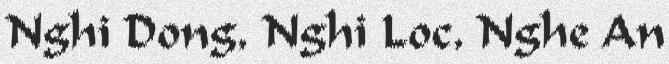
Nghi Dong, Nghi Loc, Nghe An